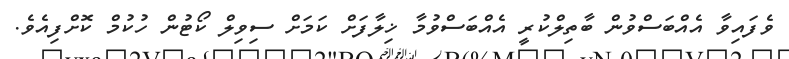
ވެފައިވާ އެއްބަސްވުން ބާތިލްކުރީ އެއްބަސްވުމާ ޚިލާފަށް ކަމަށް ސިވިލް ކޯޓުން ހުކުމް ކޮށްފިއެވެ.